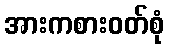
အားကစားဝတ်စုံ